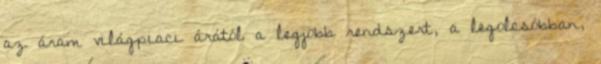
az áram világpiaci árától a legjobb rendszert, a legolcsóbban,